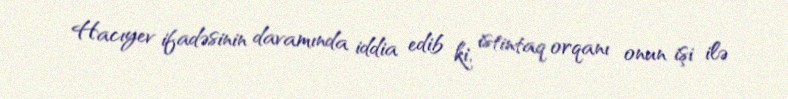
Hacıyev ifadəsinin davamında iddia edib ki, istintaq orqanı onun işi ilə